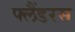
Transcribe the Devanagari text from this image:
फ्लैंडरस